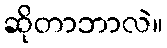
ဆိုတာဘာလဲ။